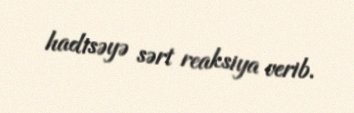
hadisəyə sərt reaksiya verib.